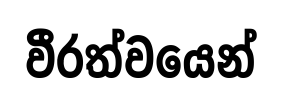
වීරත්වයෙන්